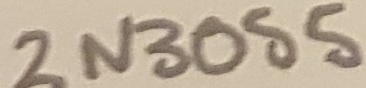
Text: 1N3055